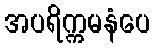
အပရိက္ကမနံပေ